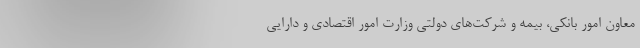
معاون امور بانکی، بیمه و شرکت‌های دولتی وزارت امور اقتصادی و دارایی